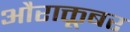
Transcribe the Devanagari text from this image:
औराक्तूबर